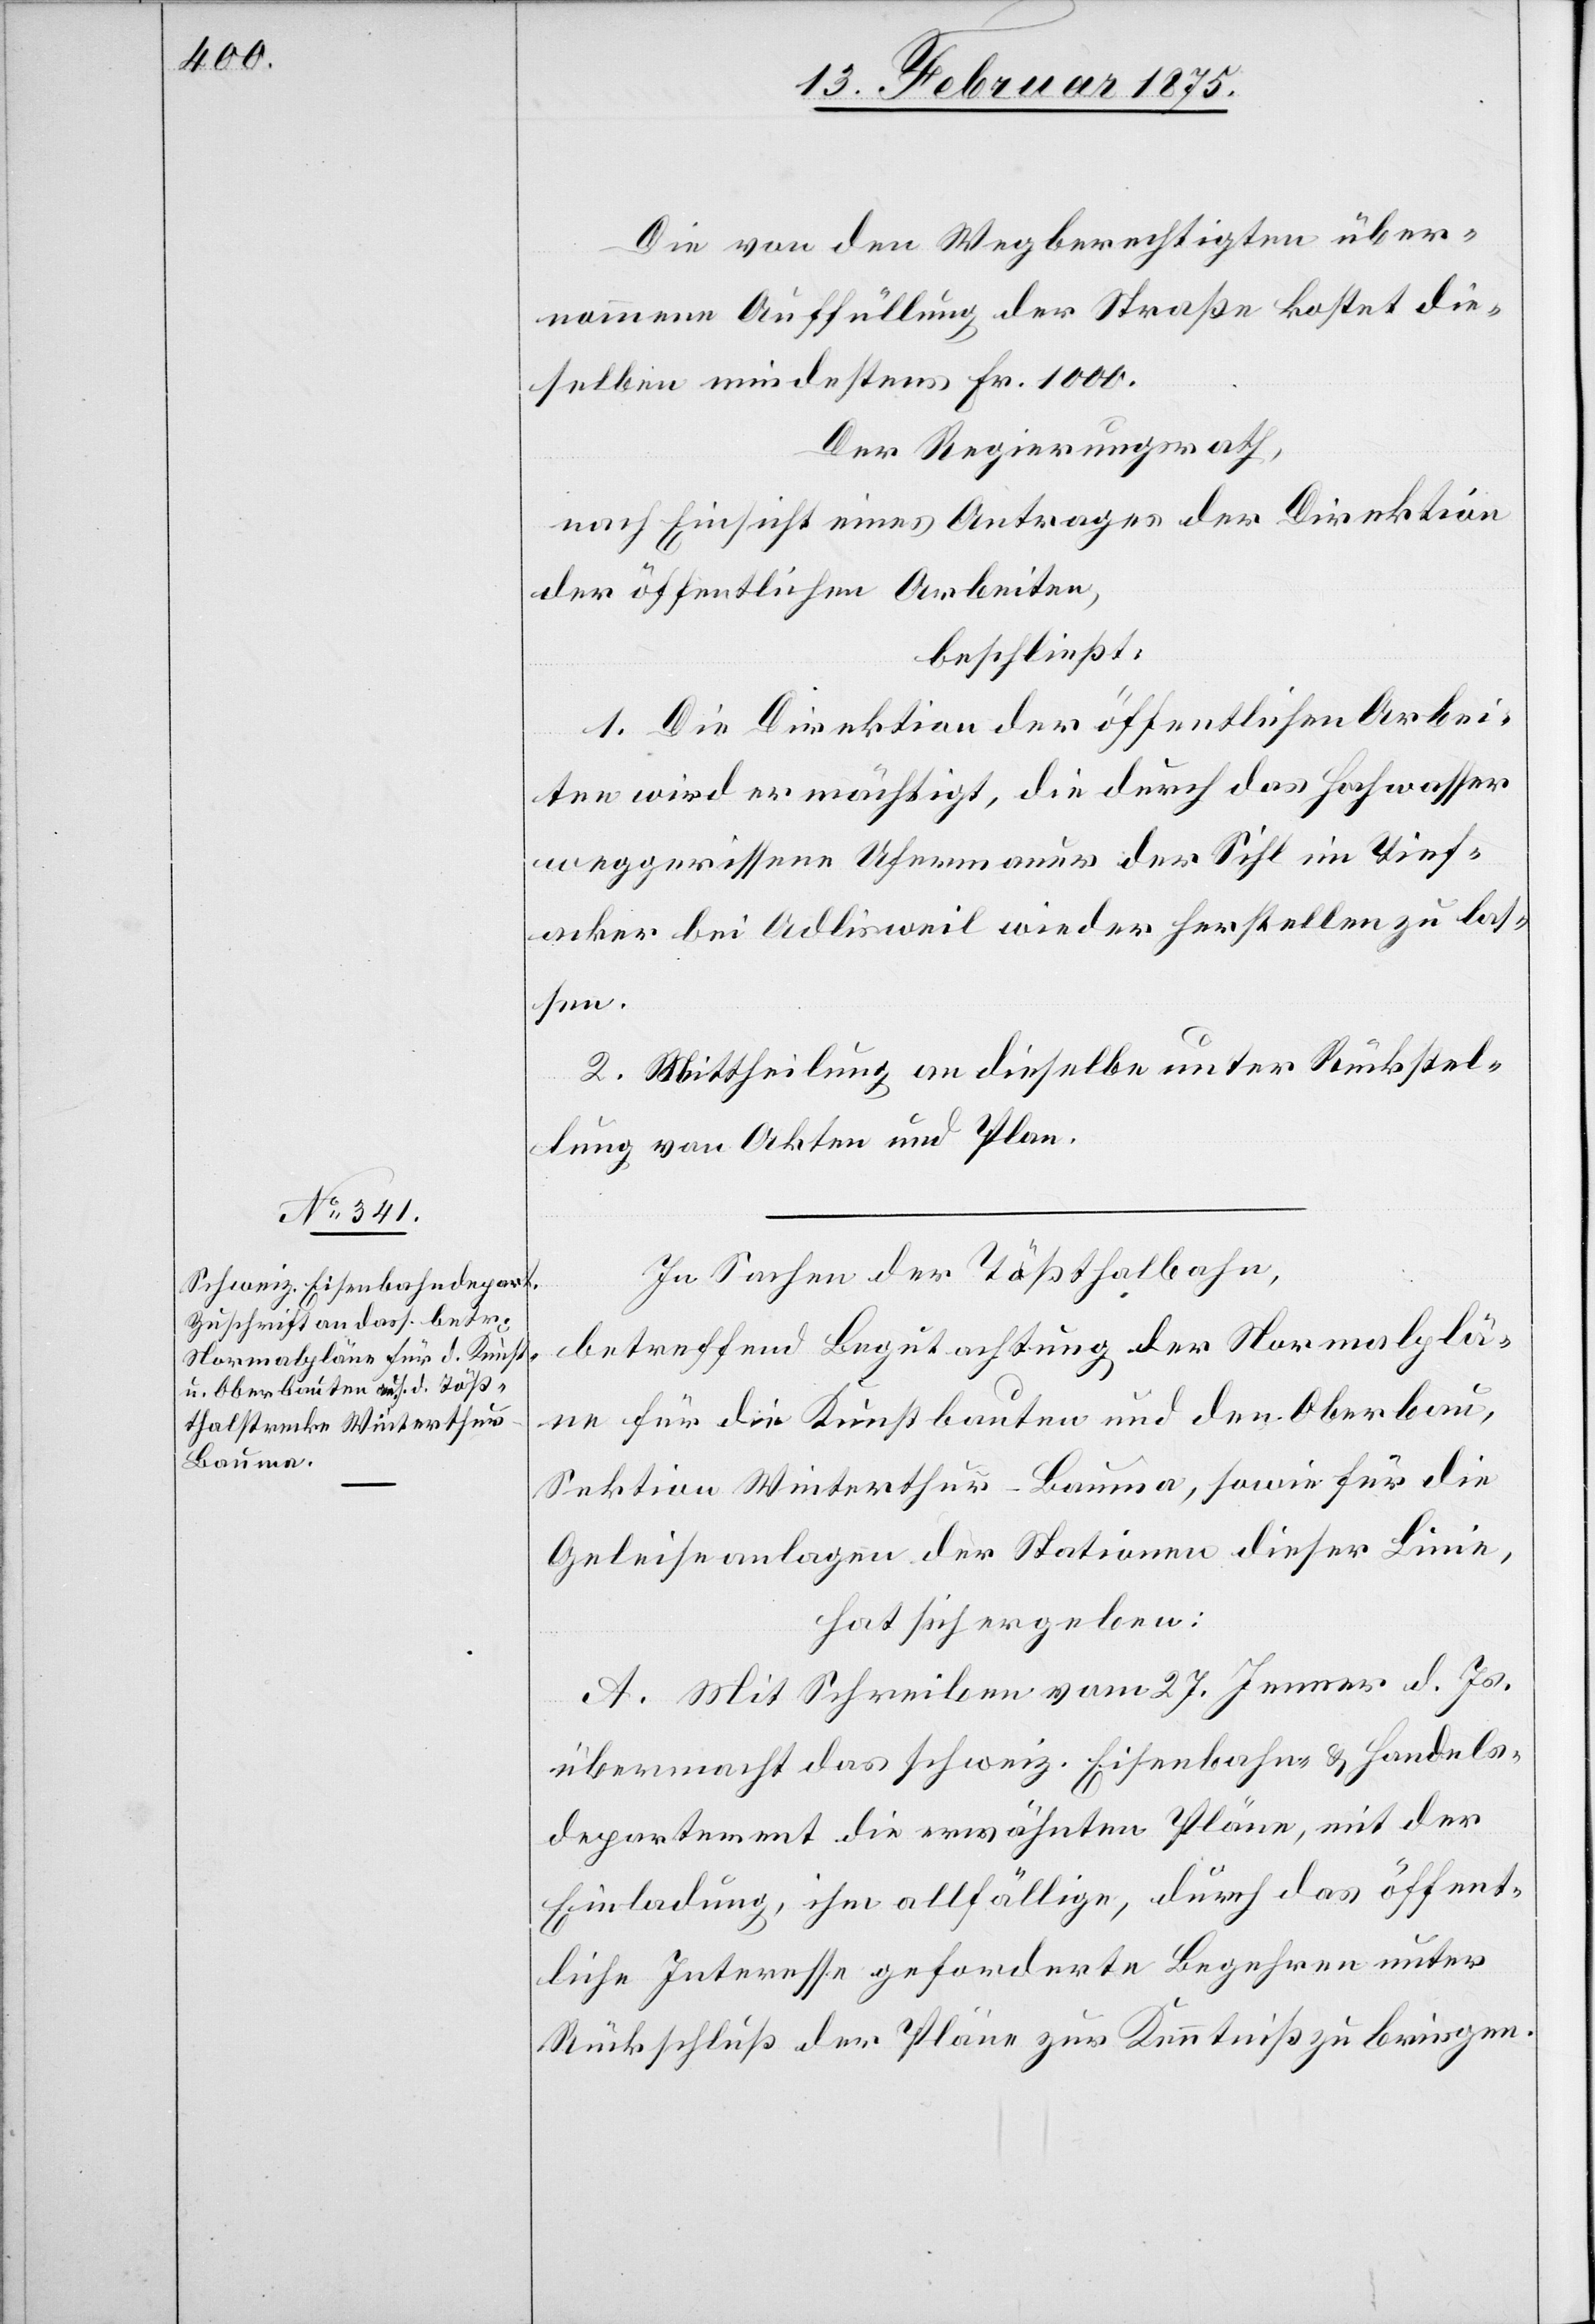
Die von den Wegberechtigten über¬
nommene Auffüllung der Straße kostet die¬
selben mindestens Fr. 1000.
Der Regierungsrath,
nach Einsicht eines Antrages der Direktion
der öffentlichen Arbeiten,
beschließt:
1. Die Direktion der öffentlichen Arbei¬
ten wird ermächtigt, die durch das Hochwasser
weggerissene Ufermauer der Sihl im Tief¬
acker bei Adlisweil wieder herstellen zu las¬
sen.
2. Mittheilung an dieselbe unter Rückstel¬
lung von Akten und Plane.
In Sachen der Tößthalbahn,
betreffend Begutachtung der Normalplä¬
ne für die Kunstbauten und den Oberbau,
Sektion Winterthur–Bauma, sowie für die
Geleiseanlagen der Stationen dieser Linie,
hat sich ergeben:
A. Mit Schreiben vom 27. Jenner d. Js.
übermacht das schweiz. Eisenbahn- & Handels¬
departement die erwähnten Pläne, mit der
Einladung, ihm allfällige, durch das öffent¬
liche Interesse geforderte Begehren unter
Rückschluß der Pläne zur Kenntniß zu bringen.